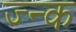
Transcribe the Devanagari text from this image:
ज्न्क